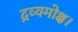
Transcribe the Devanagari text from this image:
द्रव्यमोक्ष।